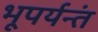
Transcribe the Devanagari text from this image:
भूपर्यन्तं